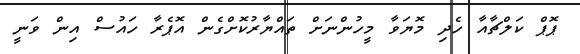
ޕޮޕް ކަލްޗާއާ ހެދި މޮޔަވާ މީހުންނަށް ތައްޔާރުކޮށްގެން އޮޕެރާ ހައުސް އިން ވަނީ